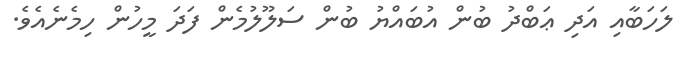
ލަހަބާއި އަދި ޢަބްދު ބުން އުބައްޔު ބުން ސަލޫލުމެން ފަދަ މީހުން ހިމެނެއެވެ.